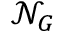
\mathcal { N } _ { G }